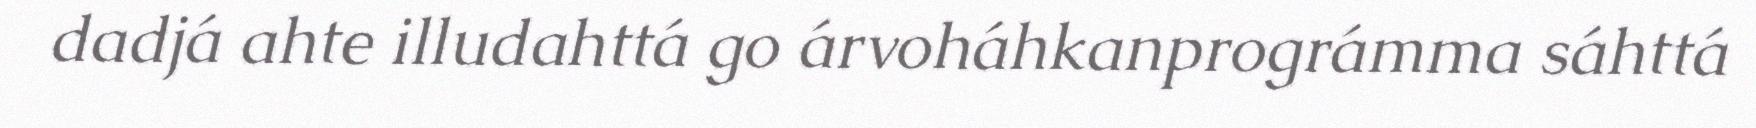
dadjá ahte illudahttá go árvoháhkanprográmma sáhttá